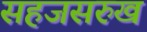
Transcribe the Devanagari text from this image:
सहजसरुख